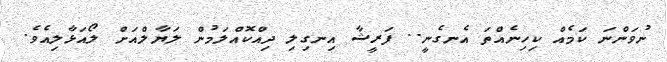
ނުވަންނަ ކަމެއް ކިހިނެއްތަ އެނގެނީ.. ފަރީޝާ އިނގިލި ދިއްކޮއްލަމުން ލަޔާލްއަށް ލޯއަޅާލިއެވެ.